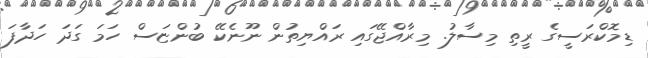
ޑިމޮކްރަސީގެ ރީތި މިސާލު. މިރާއްޖޭގައި ރައްޔިތުން ނޫނެކޭ ބުންޏަސް ހަމަ ގަދަ ހަދާފަ